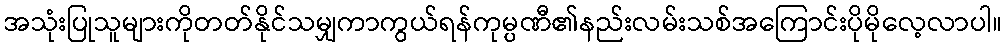
အသုံးပြုသူများကိုတတ်နိုင်သမျှကာကွယ်ရန်ကုမ္ပဏီ၏နည်းလမ်းသစ်အကြောင်းပိုမိုလေ့လာပါ။